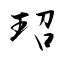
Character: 玿